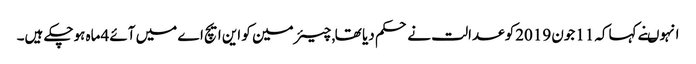
انہوںنے کہاکہ 11جون 2019کو عدالت نے حکم دیا تھا , چیئرمین کو این ایچ اے میں آئے 4ماہ ہوچکے ہیں۔